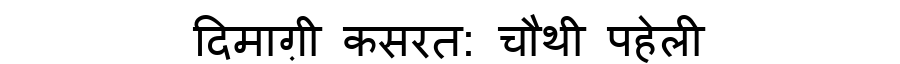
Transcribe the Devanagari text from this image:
दिमाग़ी कसरत: चौथी पहेली